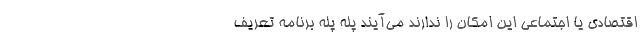
اقتصادی یا اجتماعی این امکان را ندارند می‌آیند پله پله برنامه تعریف